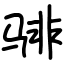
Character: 𬴂